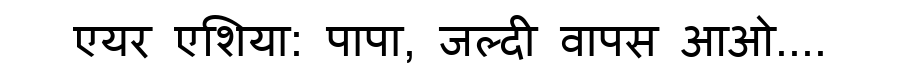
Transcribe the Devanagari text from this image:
एयर एशिया: पापा, जल्दी वापस आओ....